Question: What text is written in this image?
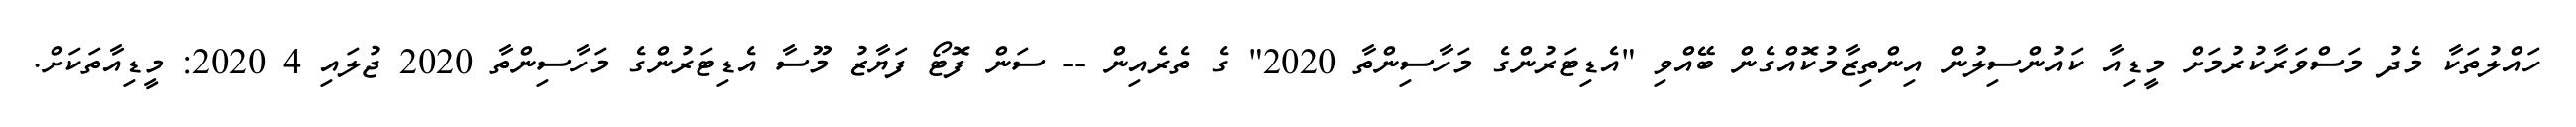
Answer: ހައްލުތަކާ މެދު މަސްވަރާކުރުމަށް މީޑިއާ ކައުންސިލުން އިންތިޒާމުކޮއްގެން ބޭއްވި "އެޑިޓަރުންގެ މަހާސިންތާ 2020" ގެ ތެރެއިން -- ސަން ފޮޓޯ ފަޔާޒު މޫސާ އެޑިޓަރުންގެ މަހާސިންތާ 2020 ޖުލައި 4 2020: މީޑިއާތަކަށް.